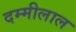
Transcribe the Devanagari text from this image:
दम्मीलाल